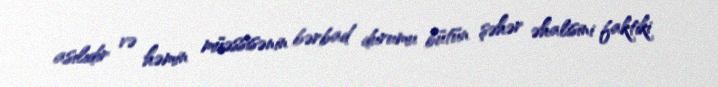
asılıdır və həmin müəssisənin bərbad durumu bütün şəhər əhalisini faktiki